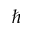
\hbar